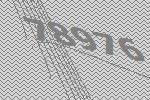
78976